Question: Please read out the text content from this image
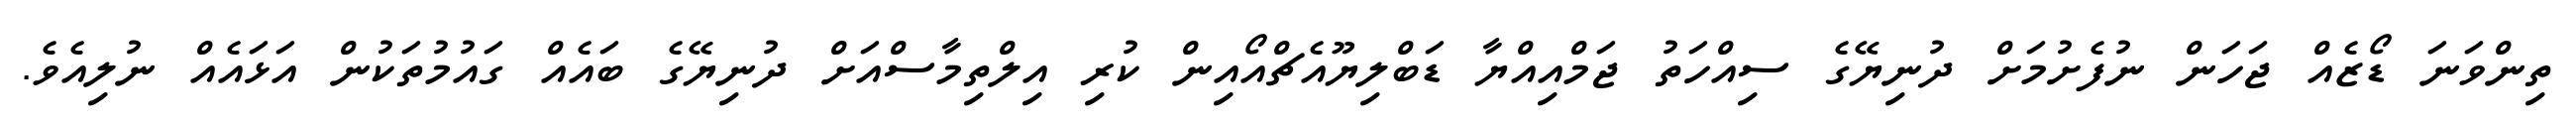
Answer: ތިންވަނަ ޑޯޒެއް ޖަހަން ނުފެށުމަށް ދުނިޔޭގެ ސިއްހަތު ޖަމްއިއްޔާ ޑަބްލިޔޫއެޗްއޯއިން ކުރި އިލްތިމާސްއަށް ދުނިޔޭގެ ބައެއް ގައުމުތަކުން އަޅައެއް ނުލިއެވެ.